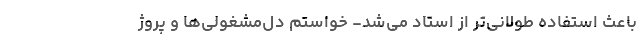
باعث استفاده طولانی‌تر از استاد می‌شد- خواستم دل‌مشغولی‌ها و پروژ